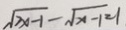
\sqrt { 2 x - 1 } - \sqrt { x - 1 } = 1